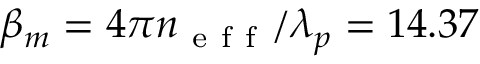
\beta _ { m } = 4 \pi n _ { \mathrm { ~ e ~ f ~ f ~ } } / \lambda _ { p } = 1 4 . 3 7